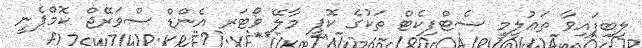
ލިބިފައިވާ ތަޢުލީމީ ސެޓްފިކެޓް ތަކުގެ ކޮޕީ މާލޭ ވޯޓަރ އެންޑް ސްވަރޭޖް ކޮމްޕެނީ